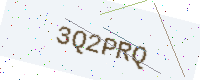
Text: 3Q2PRQ